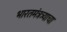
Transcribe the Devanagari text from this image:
भारतमंत्रत्र्याचा